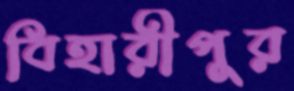
বিহারীপুর